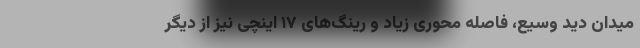
میدان دید وسیع، فاصله محوری زیاد و رینگ‌های ۱۷ اینچی نیز از دیگر